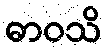
ဓာဝသိ